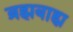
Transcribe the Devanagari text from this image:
ब्रह्मबाह्य